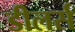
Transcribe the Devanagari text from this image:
डीलर्स